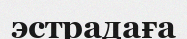
эстрадаға